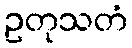
ဥတုသတံ